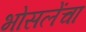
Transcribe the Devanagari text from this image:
भोसलेंचा